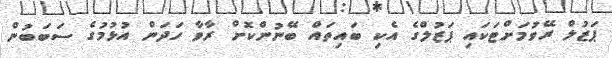
ޕަޒުލް ރޭވުމަށްޓަކައި ޕަޒުލްގެ އެކި ބައިތައް ބޭނުންކޮށް ރާވާ ހަދަން އުޅުމުގެ ސަބަބުން